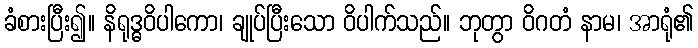
ခံစားပြီး၍။ နိရုဒ္ဓဝိပါကော၊ ချုပ်ပြီးသော ဝိပါက်သည်။ ဘုတွာ ဝိဂတံ နာမ၊ အာရုံ၏